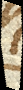
eb